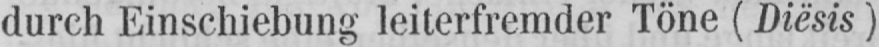
durch Einschiebung leiterfremder Töne (Diësis)